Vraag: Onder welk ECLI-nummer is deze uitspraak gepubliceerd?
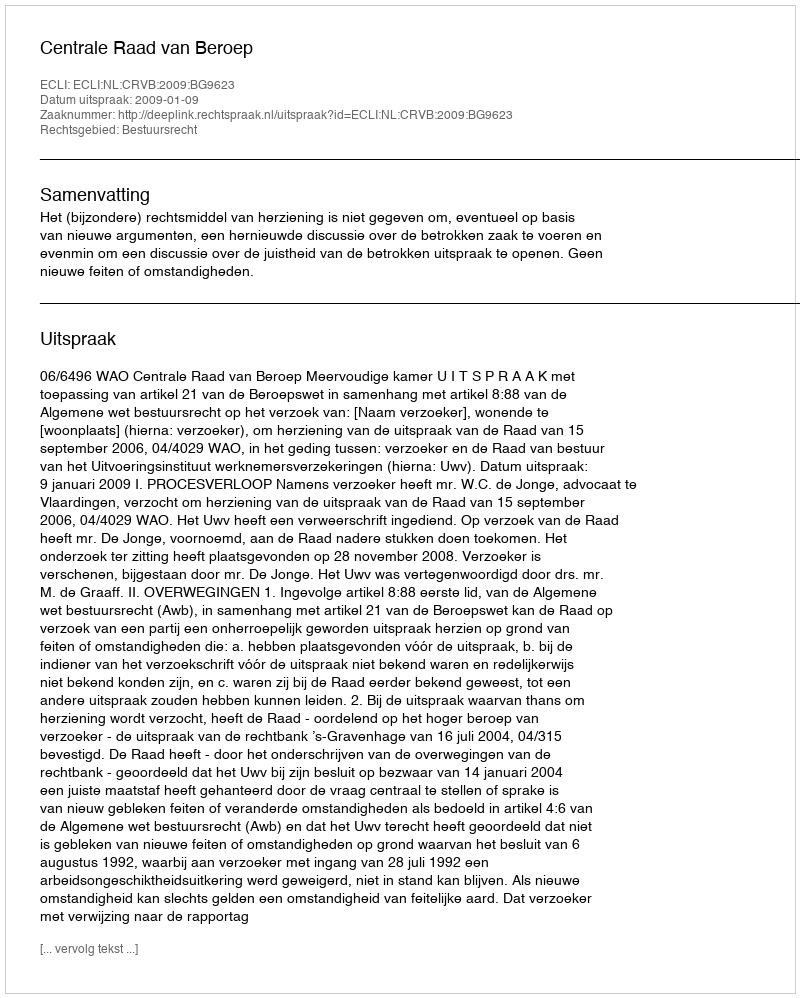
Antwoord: ECLI:NL:CRVB:2009:BG9623